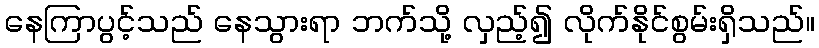
နေကြာပွင့်သည် နေသွားရာ ဘက်သို့ လှည့်၍ လိုက်နိုင်စွမ်းရှိသည်။